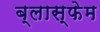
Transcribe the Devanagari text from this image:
ब्लास्फेम